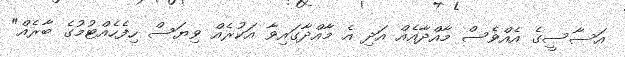
އަސާސީގެ އެއްވެސް މާއްދާއެއް އަދި އެ މާއްދާގައިވާ އަކުރެއް ވިޔަސް ހިފެހެއްޓުމުގެ ބާރެއް"